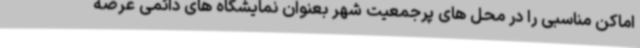
اماکن مناسبی را در محل های پرجمعیت شهر بعنوان نمایشگاه های دائمی عرضه